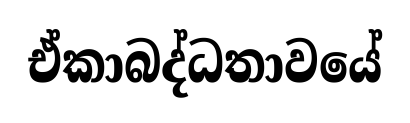
ඒකාබද්ධතාවයේ